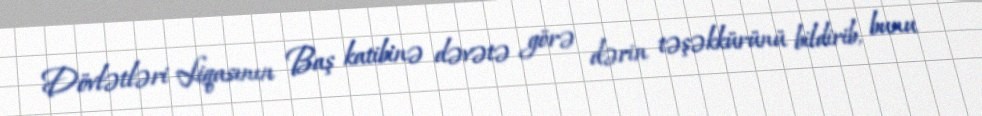
Dövlətləri Liqasının Baş katibinə dəvətə görə dərin təşəkkürünü bildirib, bunu